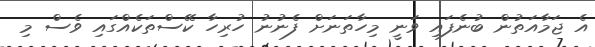
އެ ޖަމާއަތުން ބުނެފައި ވަނީ މިހާތަނަށް ފެނުނު ހުރިހާ ކޭސްތަކެއްގައި ވެސް މި